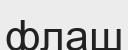
флаш